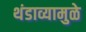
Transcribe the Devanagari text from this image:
थंडाव्यामुळे